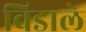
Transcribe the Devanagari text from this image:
विडाले